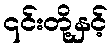
၎င်းတို့နှင့်